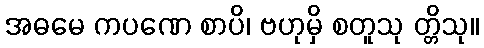
အဓမေ ကပဏေ စာပိ၊ ဗဟုမှိ စတူသု တ္တိသု။